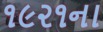
૧૯૨૧ના